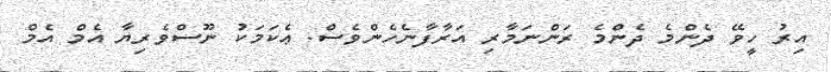
އިރު ހީވޭ ދެންމެ ދެންމެ ރަންނަމާރި އަރާފާނެހެންވެސް. ޢެކަމަކު ނޫސްވެރިޔާ އެމް އެމް